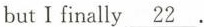
butI finally \underline{22 }.